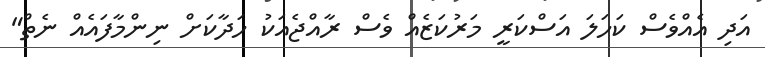
އަދި އެއްވެސް ކަހަލަ އަސްކަރީ މަރުކަޒެއް ވެސް ރާއްޖެއަކު ހަދާކަށް ނިންމާފައެއް ނެތް"